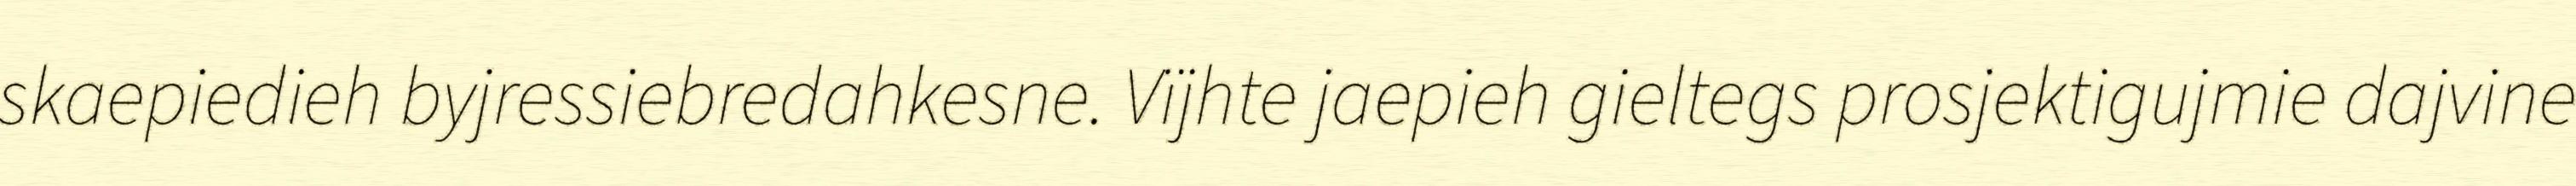
skaepiedieh byjressiebredahkesne. Vïjhte jaepieh gieltegs prosjektigujmie dajvine